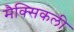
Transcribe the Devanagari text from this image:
मैक्सिकली